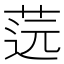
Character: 䓕